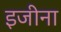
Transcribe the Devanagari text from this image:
इजीना